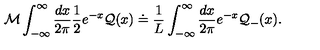
{ \cal M } \displaystyle \int _ { - \infty } ^ { \infty } \displaystyle \frac { d x } { 2 \pi } \displaystyle \frac { 1 } { 2 } e ^ { - x } { \cal Q } ( x ) \doteq \displaystyle \frac { 1 } { L } \displaystyle \int _ { - \infty } ^ { \infty } \displaystyle \frac { d x } { 2 \pi } e ^ { - x } { \cal Q } _ { - } ( x ) .